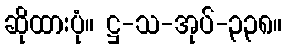
ဆိုထားပုံ။ ဋ္ဌ-သ-အုပ်-၃၃၈။